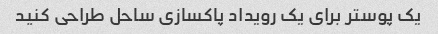
یک پوستر برای یک رویداد پاکسازی ساحل طراحی کنید